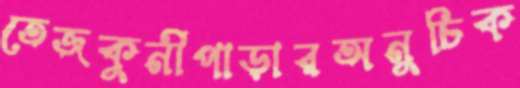
তেজকুনীপাড়ারঅনুচিক